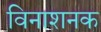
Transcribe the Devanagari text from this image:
विनाशनक